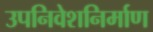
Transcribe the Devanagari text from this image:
उपनिवेशनिर्माण